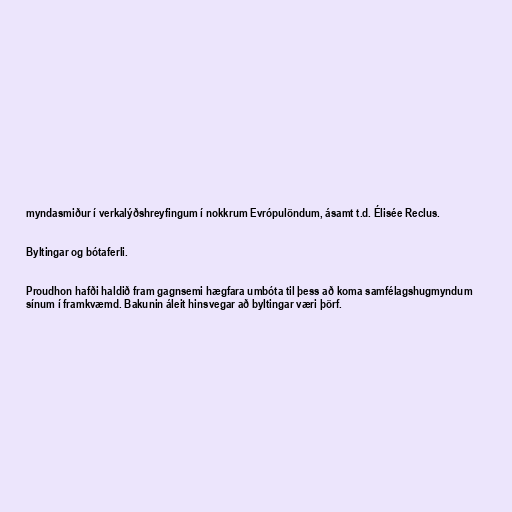
myndasmiður í verkalýðshreyfingum í nokkrum Evrópulöndum, ásamt t.d. Élisée Reclus.

Byltingar og bótaferli.

Proudhon hafði haldið fram gagnsemi hægfara umbóta til þess að koma samfélagshugmyndum
sínum í framkvæmd. Bakunin áleit hinsvegar að byltingar væri þörf.